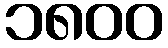
၁၈၀၀